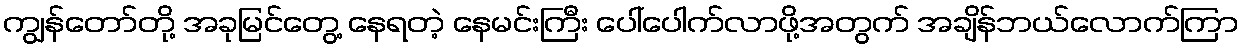
ကျွန်တော်တို့ အခုမြင်တွေ့ နေရတဲ့ နေမင်းကြီး ပေါ်ပေါက်လာဖို့အတွက် အချိန်ဘယ်လောက်ကြာ